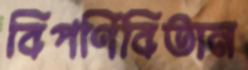
বিপণিবিতান